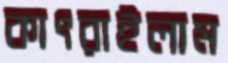
কাৎরাইলাম